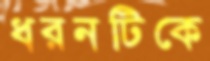
ধরনটিকে